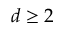
d \ge 2